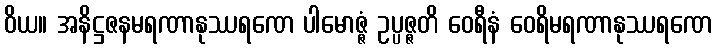
ဝိယ။ အနိဋ္ဌဇနမရဏာနုဿရဏေ ပါမောဇ္ဇံ ဥပ္ပဇ္ဇတိ ဝေရီနံ ဝေရိမရဏာနုဿရဏေ